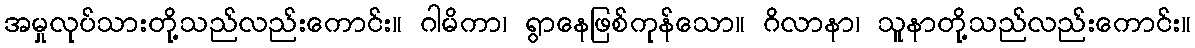
အမှုလုပ်သားတို့သည်လည်းကောင်း။ ဂါမိကာ၊ ရွာနေဖြစ်ကုန်သော။ ဂိလာနာ၊ သူနာတို့သည်လည်းကောင်း။